Report on vaccination in Madras 1877-1894 - 1877-1894
Year: 1877
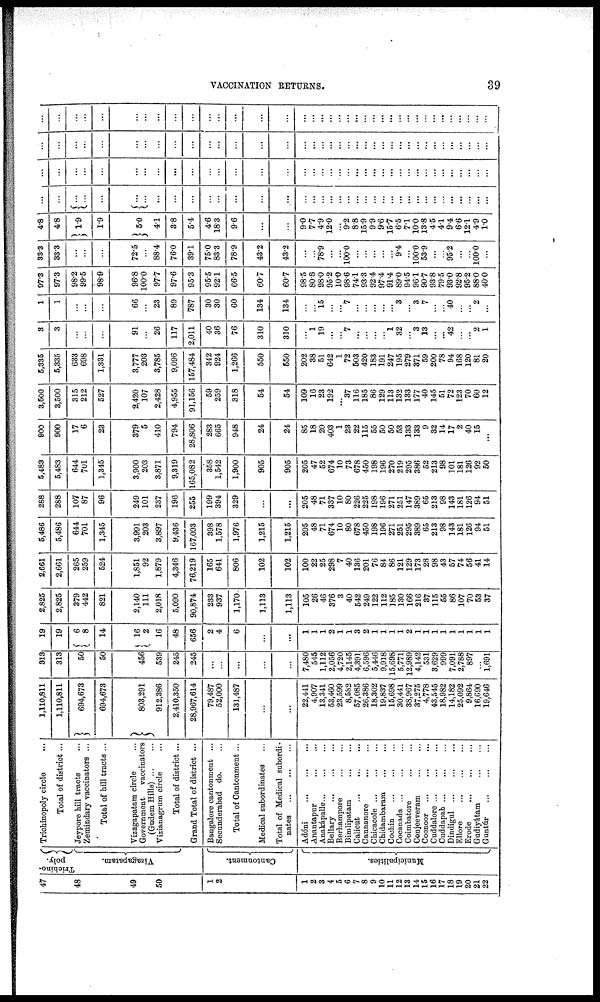
VACCINATION RETURNS.
39
47
48
49
50
1
2
1
2
3
4
5
6
7
8
9
10
11
12
13
14
15
16
17
18
19
20
21
22
Trichino-
poly.
Vizagapatam.
Cantonment.
Municipalities.
Trichinopoly circle
...
Total of district...
Jeypore hill tracts ...
Zemindary vaccinators ...
Total of hill tracts ...
Vizagapatam circle ...
Government
vaccinators
(Gudem Hills) ... ...
Vizianagrum circle ...
Total of district ...
Grand Total of district ...
Bangalore cantonment ...
Secunderabad do. ...
Total of Cantonment...
Medical subordinates ...
Total of Medical subordi-
nates
...
...
...
Adóni
...
...
...
Anantapur
...
...
Anakápalle ... ... ...
Bellary
...
...
...
Berhampore ... ... ...
Bimlipatam
...
...
Calicut
...
...
...
Cannanore ... ...
Chicacole ... ... ...
Chidambaram
...
...
Cochin ... ... ...
Cocanada
...
...
...
Coimbatore
...
...
Conjeeveram
...
...
Coonoor
...
...
...
Cuddalore
...
...
...
Cuddapah
...
...
...
Dindigul
...
...
...
Ellore
...
...
...
Erode
...
...
...
Gudiyátam
...
...
Guntúr
...
...
...
1,110,811
1,110,811
694,673
694,673
803,291
912,386
2,410,350
28,967,614
79,487
52,000
131,487
...
...
22,441
4,907
13,341
53,460
23,599
8,582
57,085
26,386
18,302
19,837
15,698
30,441
38,967
37,275
4,778
43,545
18,982
14,182
25,092
9,864
16,690
19,646
313
313
50
50
456
539
245
245
...
...
...
...
...
7,480
545
1,112
2,056
4,720
2,145
4,391
6,596
5,446
9,918
15,698
5,771
12,989
4,142
531
3,629
999
7,091
2,788
897
...
1,691
19
19
6
8
14
16
2
16
48
656
2
4
6
...
...
1
1
1
2
1
1
3
2
1
1
1
1
2
1
1
1
1
1
1
1
1
1
2,825
2,825
379
442
821
2,140
111
2,018
5,090
90,874
233
937
1,170
1,113
1,113
105
26
46
376
3
40
542
249
122
112
185
130
166
216
37
115
55
86
107
70
53
37
2,661
2,661
265
259
524
1,851
92
1,879
4,346
76,219
165
641
806
102
102
100
22
25
298
7
40
136
201
76
84
86
121
129
173
28
98
43
57
74
56
41
14
5,486
5,486
644
701
1,345
3,991
203
3,897
9,436
167,093
398
1,578
1,976
1,215
1,215
205
48
71
674
10
80
678
450
198
196
271
251
295
389
65
213
98
143
181
126
94
51
288
288
107
87
96
249
101
237
196
255
199
394
329
...
...
205
48
71
337
10
80
226
225
198
196
271
251
147
389
65
213
98
143
181
126
94
51
5,483
5,483
644
701
1,345
3,900
203
3,871
9,319
165,082
358
1,542
1,900
905
905
205
47
52
674
10
73
678
450
198
196
270
219
295
386
52
213
98
101
181
126
92
50
900
900
17
6
23
379
5
410
794
28,806
283
665
948
24
24
85
18
20
403
1
23
22
115
55
50
50
53
133
133
9
32
14
17
2
40
15
...
3,500
3,500
315
212
527
2,420
107
2,428
4,955
91,156
59
259
318
54
54
109
16
23
192
...
37
116
185
86
129
113
132
133
177
40
145
51
72
123
70
60
12
5,335
5,335
633
698
1,331
3,777
203
3,785
9,096
157,484
342
924
1,266
550
550
202
38
51
642
1
72
503
420
183
191
247
195
279
371
59
200
78
94
168
120
81
20
3
3
...
...
...
91
...
26
117
2,011
40
36
76
310
310
...
1
19
...
...
7
...
...
...
...
1
32
...
3
13
...
...
42
...
...
2
1
1
1
...
...
...
66
...
23
89
787
30
30
60
134
134
...
...
15
...
...
7
...
...
...
...
...
3
...
3
7
...
...
40
...
...
2
...
97.3
97.3
98.2
99.5
98.9
96.8
100.0
97.7
97.6
95.3
95.5
92.1
66.5
60.7
60.7
98.5
80.8
98.0
95.2
10.0
98.6
74.1
93.3
92.4
97.4
91.4
89.0
94.5
96.1
90.7
93.8
79.5
93.0
92.8
95.2
88.0
40.0
33.3
33.3
...
...
...
72.5
...
88.4
76.0
39.1
75.0
83.3
78.9
43.2
43.2
...
...
78.9
...
...
100.0
...
...
...
...
...
9.4
...
100.0
53.9
...
...
95.2
...
...
100.0
...
4.8
4.8
1.9
1.9
5.0
4.1
3.8
5.4
4.6
18.3
9.6
...
...
9.0
7.7
4.9
12.0
...
9.2
8.8
15.9
9.9
9.6
15.7
6.5
7.1
10.0
13.8
4.5
4.1
9.4
6.6
12.1
4.9
1.0
...
...
...
...
...
...
...
...
...
...
...
...
...
...
...
...
...
...
...
...
...
...
...
...
...
...
...
...
...
...
...
...
...
...
...
...
...
...
...
...
...
...
...
...
...
...
...
...
...
...
...
...
...
...
...
...
...
...
...
...
...
...
...
...
...
...
...
...
...
...
...
...
...
...
...
...
...
...
...
...
...
...
...
...
...
...
...
...
...
...
...
...
...
...
...
...
...
...
...
...
...
...
...
...
...
...
...
...
...
...
...
...
...
...
...
...
...
...
...
...
...
...
...
...
...
...
...
...
...
...
...
...
...
...
...
...
...
...
...
...
...
...
...
...
...
...
...
...